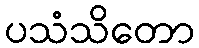
ပသံသိတော